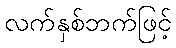
လက်နှစ်ဘက်ဖြင့်